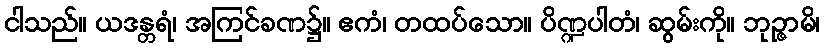
ငါသည်။ ယဒန္တရံ၊ အကြင်ခဏ၌။ ဧကံ၊ တထပ်သော။ ပိဏ္ဍပါတံ၊ ဆွမ်းကို။ ဘုဉ္ဇာမိ၊